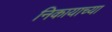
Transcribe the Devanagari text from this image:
निकायाच्या